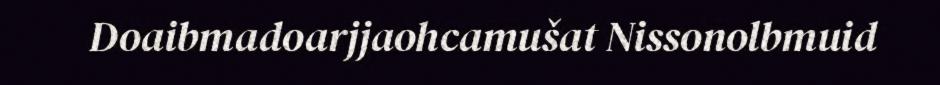
Doaibmadoarjjaohcamušat Nissonolbmuid